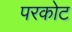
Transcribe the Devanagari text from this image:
परकाेट